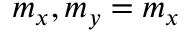
m _ { x } , m _ { y } = m _ { x }